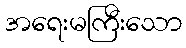
အရေးမကြီးသော